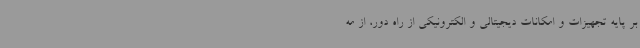
بر پایه تجهیزات و امکانات دیجیتالی و الکترونیکی از راه دور، از مه